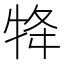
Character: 𭷟